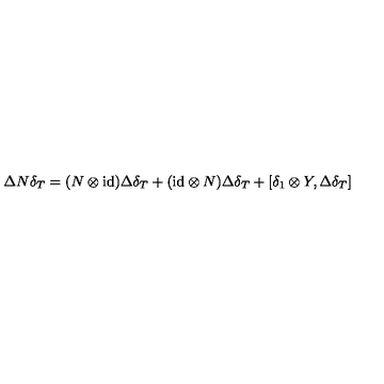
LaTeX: \Delta N \delta _ { T } = ( N \otimes \mathrm { i d } ) \Delta \delta _ { T } + ( \mathrm { i d } \otimes N ) \Delta \delta _ { T } + [ \delta _ { 1 } \otimes Y , \Delta \delta _ { T } ]